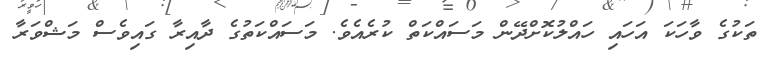
ތަކުގެ ވާހަކަ އަހައި ހައްލުކޮށްދޭން މަސައްކަތް ކުރެއެވެ. މަސައްކަތުގެ ދާއިރާ ގައިވެސް މަޝްވަރާ